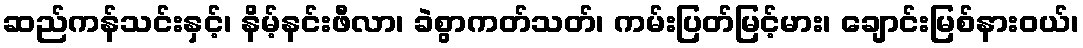
ဆည်ကန်သင်းနှင့်၊ နိမ့်နင်းဖီလာ၊ ခဲစွာကတ်သတ်၊ ကမ်းပြတ်မြင့်မား၊ ချောင်းမြစ်နားဝယ်၊